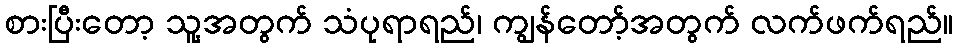
စားပြီးတော့ သူ့အတွက် သံပုရာရည်၊ ကျွန်တော့်အတွက် လက်ဖက်ရည်။